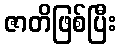
ဇာတိဖြစ်ပြီး